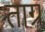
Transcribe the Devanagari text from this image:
ताग्र